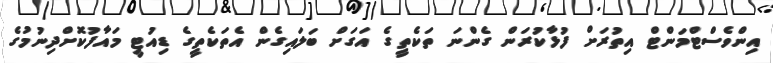
އިންވެސްޓްމަންޓް އިތުރަށް ފުޅާކުރަން ގެންނަ ތަކެތީގެ އަގަށް ބަލައިގެން އެތަކެތީގެ ޑިއުޓީ މައާފުކޮށްދިނުމުގެ